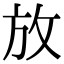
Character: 放